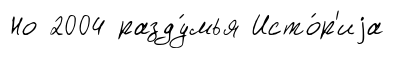
Но 2004 разду́мья Исто́р'иjа